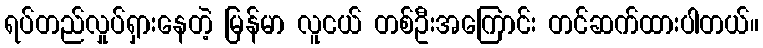
ရပ်တည်လှုပ်ရှားနေတဲ့ မြန်မာ လူငယ် တစ်ဦးအကြောင်း တင်ဆက်ထားပါတယ်။